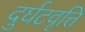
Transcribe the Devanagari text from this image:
दुर्घटवृत्ति